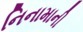
નિનામાની